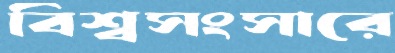
বিশ্বসংসারে